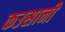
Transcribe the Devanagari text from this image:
कउसानी